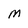
Character: M